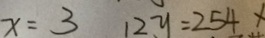
x = 3 1 2 y = 2 5 4 x